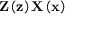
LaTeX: \mathbf { Z } \left( \mathbf { z } \right) \mathbf { X } \left( \mathbf { x } \right)